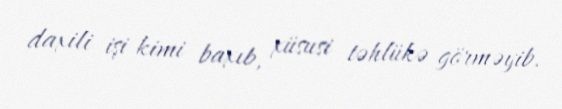
daxili işi kimi baxıb, xüsusi təhlükə görməyib.